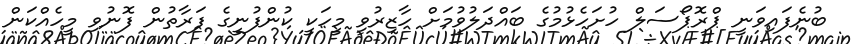
ބުނެފައިވަނީ ޕްރޮޕޯސަލް ހުށަހެޅުމުގެ ބައްދަލުވުމަށް ހާޒިރުވި މީހަކީ ކުންފުނީގެ ފަރާތުން ފޮނުވި މީހެއްކަން